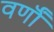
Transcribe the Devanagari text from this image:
वर्णॊं